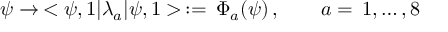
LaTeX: \psi \rightarrow \, < \psi , 1 | \lambda _ { a } | \psi , 1 > \, : = \, \Phi _ { a } ( \psi ) \, , \quad \quad a = \, 1 , \ldots , 8